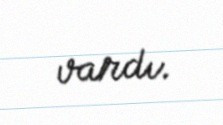
vardı.